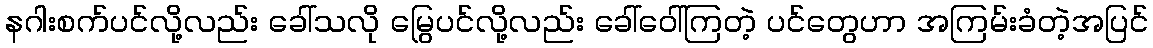
နဂါးစက်ပင်လို့လည်း ခေါ်သလို မြွေပင်လို့လည်း ခေါ်ဝေါ်ကြတဲ့ ပင်တွေဟာ အကြမ်းခံတဲ့အပြင်